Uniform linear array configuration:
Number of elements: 48
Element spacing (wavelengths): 0.75
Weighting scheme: binomial
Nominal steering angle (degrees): -60
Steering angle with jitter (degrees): -59.782
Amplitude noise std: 0.05
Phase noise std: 0.05

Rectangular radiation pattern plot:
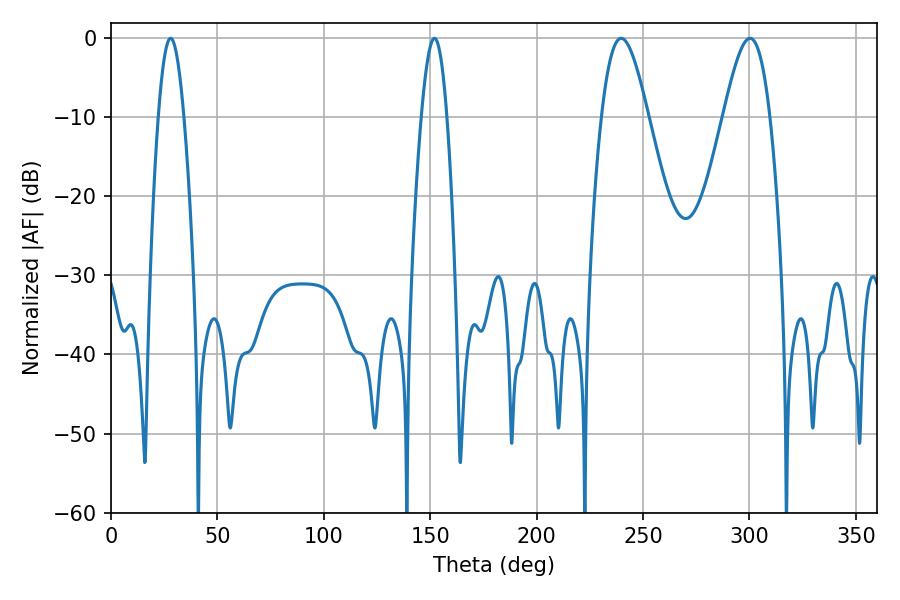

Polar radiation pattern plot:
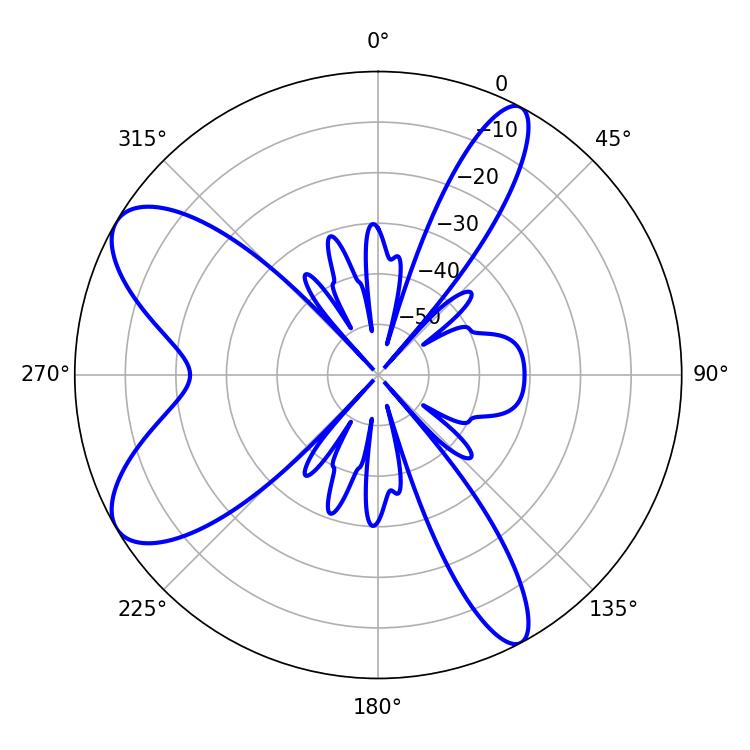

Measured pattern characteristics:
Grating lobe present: TRUE
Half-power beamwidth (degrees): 11.7
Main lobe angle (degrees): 239.76